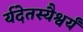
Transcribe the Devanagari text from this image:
र्यदेतस्यैश्वर्यं